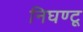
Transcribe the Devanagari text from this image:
निघण्टू